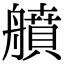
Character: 䒈